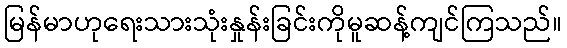
မြန်မာဟုရေးသားသုံးနှုန်းခြင်းကိုမူဆန့်ကျင်ကြသည်။